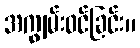
အကျွမ်းဝင်ခြင်း။